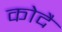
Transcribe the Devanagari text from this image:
कोदै